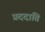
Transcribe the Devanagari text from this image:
प्रददाति